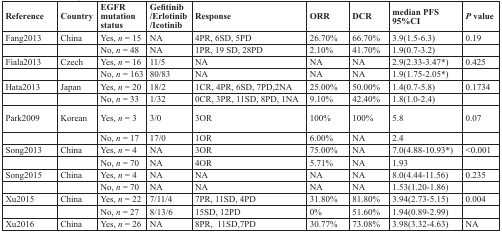
| Reference | Country | EGFR mutation status | Gefitinib/Erlotinib/Icotinib | Response | ORR | DCR | median PFS95%CI | P value |
 | --- | --- | --- | --- | --- | --- | --- | --- | --- |
 | Fang2013 | China | Yes, n = 15 | NA | 4PR, 6SD, 5PD | 26.70% | 66.70% | 3.9(1.5-6.3) | 0.19 |
 |  |  | No, n = 48 | NA | 1PR, 19 SD, 28PD | 2.10% | 41.70% | 1.9(0.7-3.2) |  |
 | Fiala2013 | Czech | Yes, n = 16 | 11/5 | NA | NA | NA | 2.9(2.33-3.47*) | 0.425 |
 |  |  | No, n = 163 | 80/83 | NA | NA | NA | 1.9(1.75-2.05*) |  |
 | Hata2013 | Japan | Yes, n = 20 | 18/2 | 1CR, 4PR, 6SD, 7PD,2NA | 25.00% | 50.00% | 1.4(0.7-5.8) | 0.1734 |
 |  |  | No, n = 33 | 1/32 | 0CR, 3PR, 11SD, 8PD, 1NA | 9.10% | 42.40% | 1.8(1.0-2.4) |  |
 | Park2009 | Korean | Yes, n = 3 | 3/0 | 3OR | 100% | 100% | 5.8 | 0.07 |
 |  |  | No, n = 17 | 17/0 | 1OR | 6.00% | NA | 2.4 |  |
 | Song2013 | China | Yes, n = 4 | NA | 3OR | 75.00% | NA | 7.0(4.88-10.93*) | <0.001 |
 |  |  | No, n = 70 | NA | 4OR | 5.71% | NA | 1.93 |  |
 | Song2015 | China | Yes, n = 4 | NA | NA | NA | NA | 8.0(4.44-11.56) | 0.235 |
 |  |  | No, n = 70 | NA | NA | NA | NA | 1.53(1.20-1.86) |  |
 | Xu2015 | China | Yes, n = 22 | 7/11/4 | 7PR, 11SD, 4PD | 31.80% | 81.80% | 3.94(2.73-5.15) | 0.004 |
 |  |  | No, n = 27 | 8/13/6 | 15SD, 12PD | 0% | 51.60% | 1.94(0.89-2.99) |  |
 | Xu2016 | China | Yes, n = 26 | NA | 8PR, 11SD,7PD | 30.77% | 73.08% | 3.98(3.32-4.63) | NA |